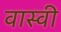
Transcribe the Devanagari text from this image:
वास्वी